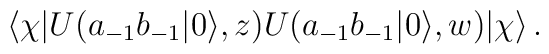
\langle\chi|U(a_{-1}b_{-1}|0\rangle,z)U(a_{-1}b_{-1}|0\rangle,w)|\chi\rangle\,.